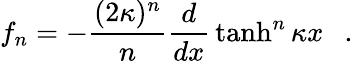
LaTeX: f_{n}=-{\frac{(2\kappa)^{n}}{n}}{\frac{d}{dx}}\operatorname{tanh}^{n}\kappa x~~~.